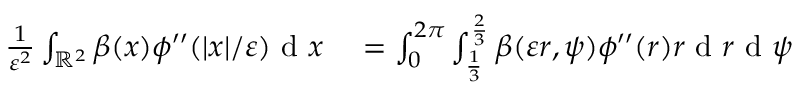
\begin{array} { r l } { \frac { 1 } { \varepsilon ^ { 2 } } \int _ { \mathbb { R } ^ { 2 } } \beta ( x ) \phi ^ { \prime \prime } ( | x | / \varepsilon ) \textrm { d } x } & { { } = \int _ { 0 } ^ { 2 \pi } \int _ { \frac { 1 } { 3 } } ^ { \frac { 2 } { 3 } } \beta ( \varepsilon r , \psi ) \phi ^ { \prime \prime } ( r ) r \textrm { d } r \textrm { d } \psi } \end{array}